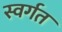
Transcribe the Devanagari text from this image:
स्वर्गत